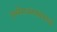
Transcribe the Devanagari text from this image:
पृथ्वीराजरासोकाव्यं